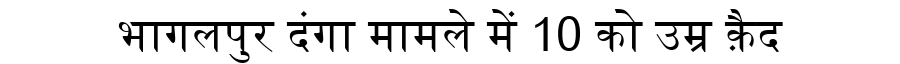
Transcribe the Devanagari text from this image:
भागलपुर दंगा मामले में 10 को उम्र क़ैद